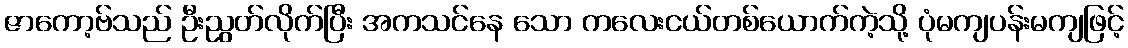
ဇာကော့ဗ်သည် ဦးညွတ်လိုက်ပြီး အကသင်နေ သော ကလေးငယ်တစ်ယောက်ကဲ့သို့ ပုံမကျပန်းမကျဖြင့်